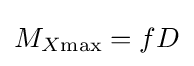
M_{X{\text{max}}}=fD